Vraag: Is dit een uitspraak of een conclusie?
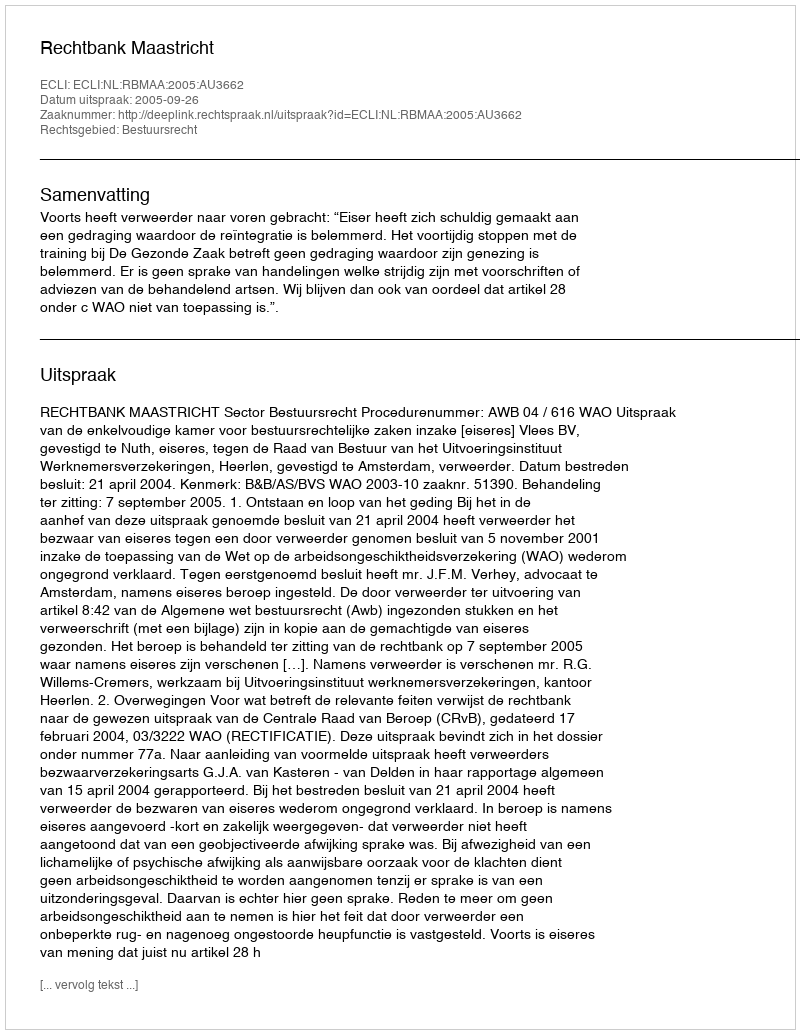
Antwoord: Uitspraak